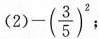
(2)-(\frac{3}{5})^{2};